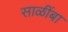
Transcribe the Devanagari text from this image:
साळींबा